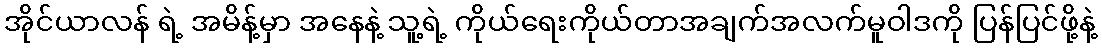
အိုင်ယာလန် ရဲ့ အမိန့်မှာ အနေနဲ့ သူ့ရဲ့ ကိုယ်ရေးကိုယ်တာအချက်အလက်မူဝါဒကို ပြန်ပြင်ဖို့နဲ့